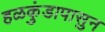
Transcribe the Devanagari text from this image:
हळकुंडापासुन